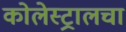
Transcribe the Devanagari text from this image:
कोलेस्ट्रालचा